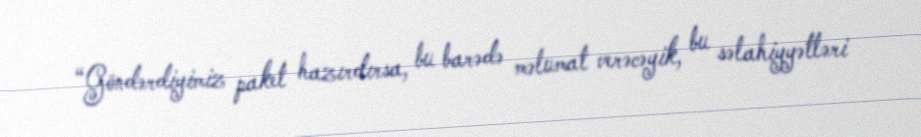
“Göndərdiyimiz paket hazırdırsa, bu barədə məlumat verəcəyik, bu səlahiyyətləri